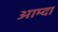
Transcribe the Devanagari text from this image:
आम्दा